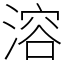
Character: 溶